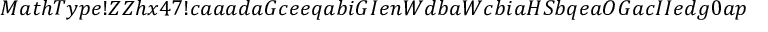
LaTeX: M a t h T y p e ! Z Z h x 4 7 ! c a a a d a G c e e q a b i G I e n W d b a W c b i a H S b q e a O G a c I I e d g 0 a p e a a l e G a e g